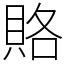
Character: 賂